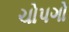
ચોપગો